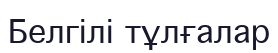
Белгілі тұлғалар